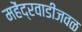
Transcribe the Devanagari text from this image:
महेंद्रवाडीजवळ